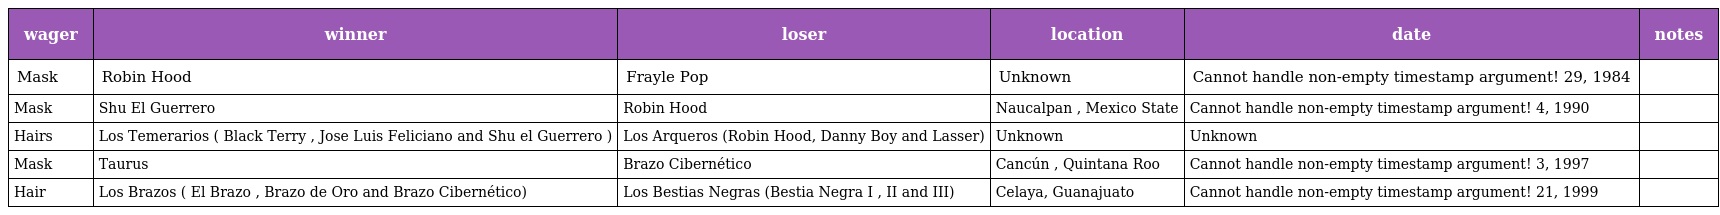
| wager | winner | loser | location | date | notes |
 | --- | --- | --- | --- | --- | --- |
 | Mask | Robin Hood | Frayle Pop | Unknown | Cannot handle non-empty timestamp argument! 29, 1984 |  |
 | Mask | Shu El Guerrero | Robin Hood | Naucalpan , Mexico State | Cannot handle non-empty timestamp argument! 4, 1990 |  |
 | Hairs | Los Temerarios ( Black Terry , Jose Luis Feliciano and Shu el Guerrero ) | Los Arqueros (Robin Hood, Danny Boy and Lasser) | Unknown | Unknown |  |
 | Mask | Taurus | Brazo Cibernético | Cancún , Quintana Roo | Cannot handle non-empty timestamp argument! 3, 1997 |  |
 | Hair | Los Brazos ( El Brazo , Brazo de Oro and Brazo Cibernético) | Los Bestias Negras (Bestia Negra I , II and III) | Celaya, Guanajuato | Cannot handle non-empty timestamp argument! 21, 1999 |  |